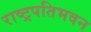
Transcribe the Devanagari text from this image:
राष्ट्रपतिभवन